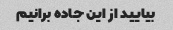
بیایید از این جاده برانیم